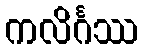
ကလိင်္ဂဿ